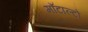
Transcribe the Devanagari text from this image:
माँटाल्टो